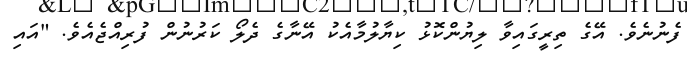
ފެނުނެވެ. އޭގެ ތިރީގައިވާ ލިޔުންކޮޅު ކިޔާލުމާއެކު އޭނާގެ ދެލޯ ކަރުނުން ފުރިއްޖެއެވެ. "އައި